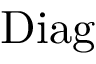
\mathrm { D i a g }